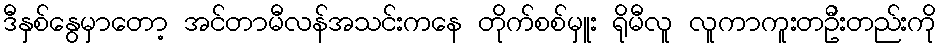
ဒီနှစ်နွေမှာတော့ အင်တာမီလန်အသင်းကနေ တိုက်စစ်မှူး ရိုမီလူ လူကာကူးတဦးတည်းကို